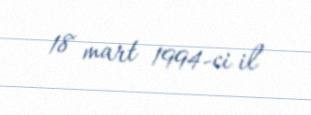
18 mart 1994-ci il